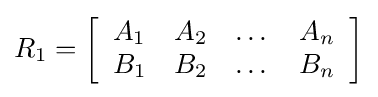
R_{1}=\left[{\begin{array}{cccc}A_{1}&A_{2}&\dots &A_{n}\\B_{1}&B_{2}&\dots &B_{n}\end{array}}\right]